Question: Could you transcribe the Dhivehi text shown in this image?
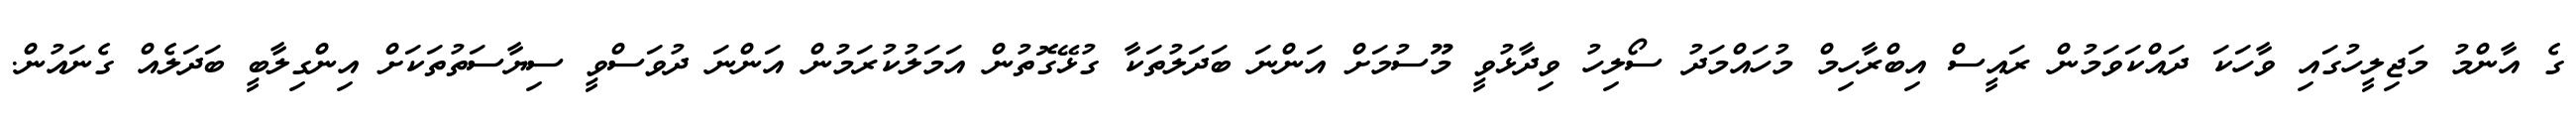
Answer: ގެ އާންމު މަޖިލީހުގައި ވާހަކަ ދައްކަވަމުން ރައީސް އިބްރާހިމް މުހައްމަދު ސޯލިހު ވިދާޅުވީ މޫސުމަށް އަންނަ ބަދަލުތަކާ ގުޅޭގޮތުން އަމަލުކުރަމުން އަންނަ ދުވަސްވީ ސިޔާސަތުތަކަށް އިންގިލާބީ ބަދަލެއް ގެނައުން.